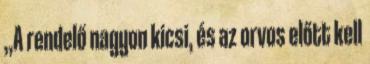
„A rendelő nagyon kicsi, és az orvos előtt kell